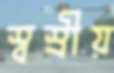
স্বস্রীয়